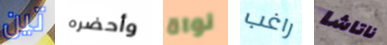
تين وأحضره نواة راغب ناتاشا